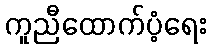
ကူညီထောက်ပံ့ရေး